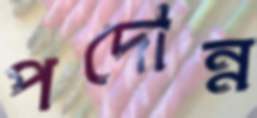
পদোন্ন